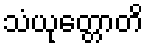
သံယုတ္တောတိ